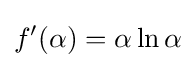
f'(\alpha )=\alpha \ln \alpha